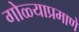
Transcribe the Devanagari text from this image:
गोळ्याप्रमाणे